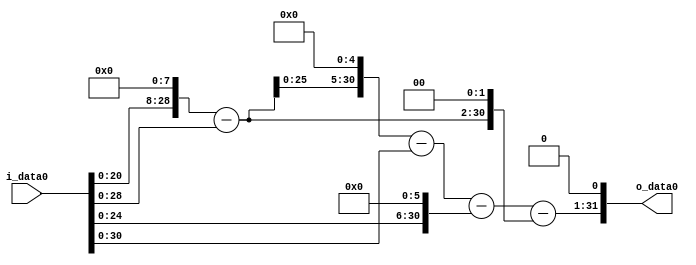
module multiplier_block (
    i_data0,
    o_data0
);

  // Port mode declarations:
  input   [31:0] i_data0;
  output  [31:0]
    o_data0;

  //Multipliers:

  wire [31:0]
    w1,
    w256,
    w255,
    w8160,
    w8159,
    w64,
    w8095,
    w1020,
    w7075,
    w14150;

  assign w1 = i_data0;
  assign w1020 = w255 << 2;
  assign w14150 = w7075 << 1;
  assign w255 = w256 - w1;
  assign w256 = w1 << 8;
  assign w64 = w1 << 6;
  assign w7075 = w8095 - w1020;
  assign w8095 = w8159 - w64;
  assign w8159 = w8160 - w1;
  assign w8160 = w255 << 5;

  assign o_data0 = w14150;

  //multiplier_block area estimate = 7338.03819621765;
endmodule